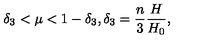
\delta _ { 3 } < \mu < 1 - \delta _ { 3 } , \delta _ { 3 } = \frac { n } { 3 } \frac { H } { H _ { 0 } } ,